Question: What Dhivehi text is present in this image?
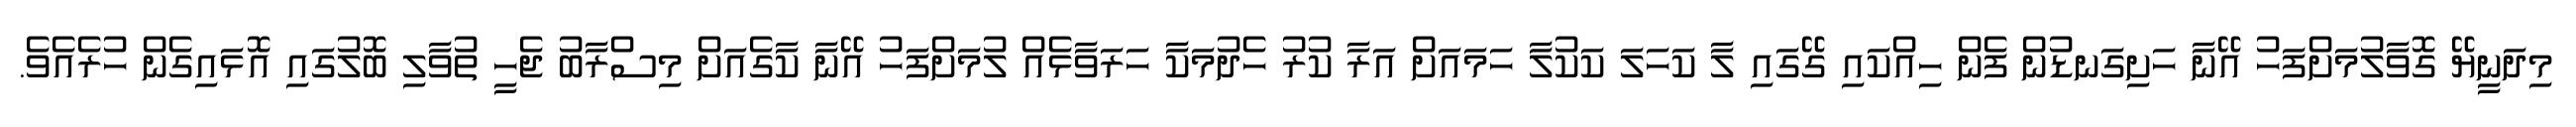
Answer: މިދަނީޔޭ ގޮވާލުމަށްފަހު އޭނާ ހަށިގަނޑުން ފެން ހިއްކައި ގޭގައި ލާ ކަހަލަ ކަކުލާ ހަމައަށް އަރާ ކުރު ހެދުމަކާ ހަރަވާޅެއް ލުމަށްފަހު އޭނާ ކާގެއަށް މިސްރާބު ޖެހީ ތުވާލި ބޮލުގައި އޮޅައިގެން ހުރެއެވެ.